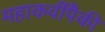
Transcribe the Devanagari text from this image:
महाकवींपैकी